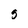
Character: s